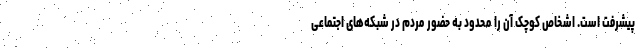
پیشرفت است. اشخاص کوچک آن را محدود به حضور مردم در شبکه‌های اجتماعی